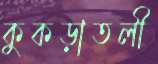
কুকড়াতলী